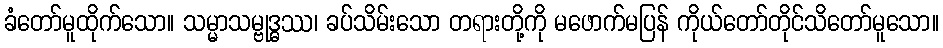
ခံတော်မူထိုက်သော။ သမ္မာသမ္ဗုဒ္ဓဿ၊ ခပ်သိမ်းသော တရားတို့ကို မဖောက်မပြန် ကိုယ်တော်တိုင်သိတော်မူသော။